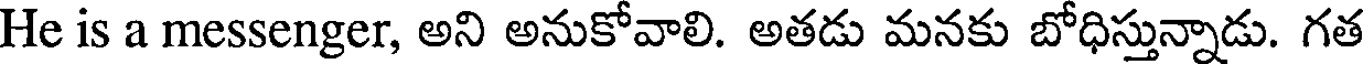
He is a messenger, అని అనుకోవాలి. అతడు మనకు బోధిస్తున్నాడు. గత